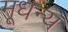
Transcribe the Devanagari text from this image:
मूधन्य